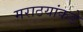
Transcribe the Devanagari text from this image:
मराठयांकडे